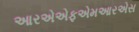
આરએએફએમઆરએસ